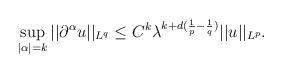
LaTeX: \begin{align*}\sup_{|\alpha|=k} ||\partial^{\alpha}u||_{L^q} \leq C^k{\lambda}^{k+d(\frac{1}{p}-\frac{1}{q})}||u||_{L^p}.\end{align*}